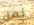
نمل